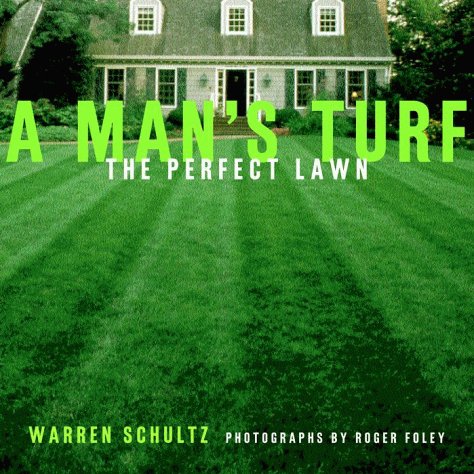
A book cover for A Man's Turf: The Perfect Lawn; Warren Schultz; Crafts, Hobbies & Home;